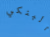
البنكي